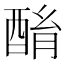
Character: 酳